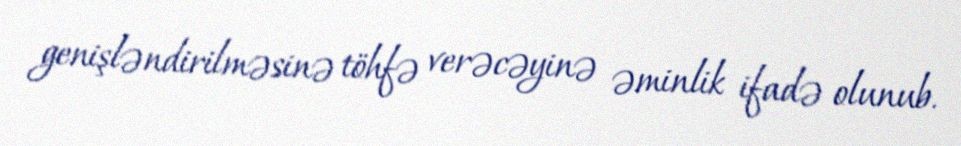
genişləndirilməsinə töhfə verəcəyinə əminlik ifadə olunub.